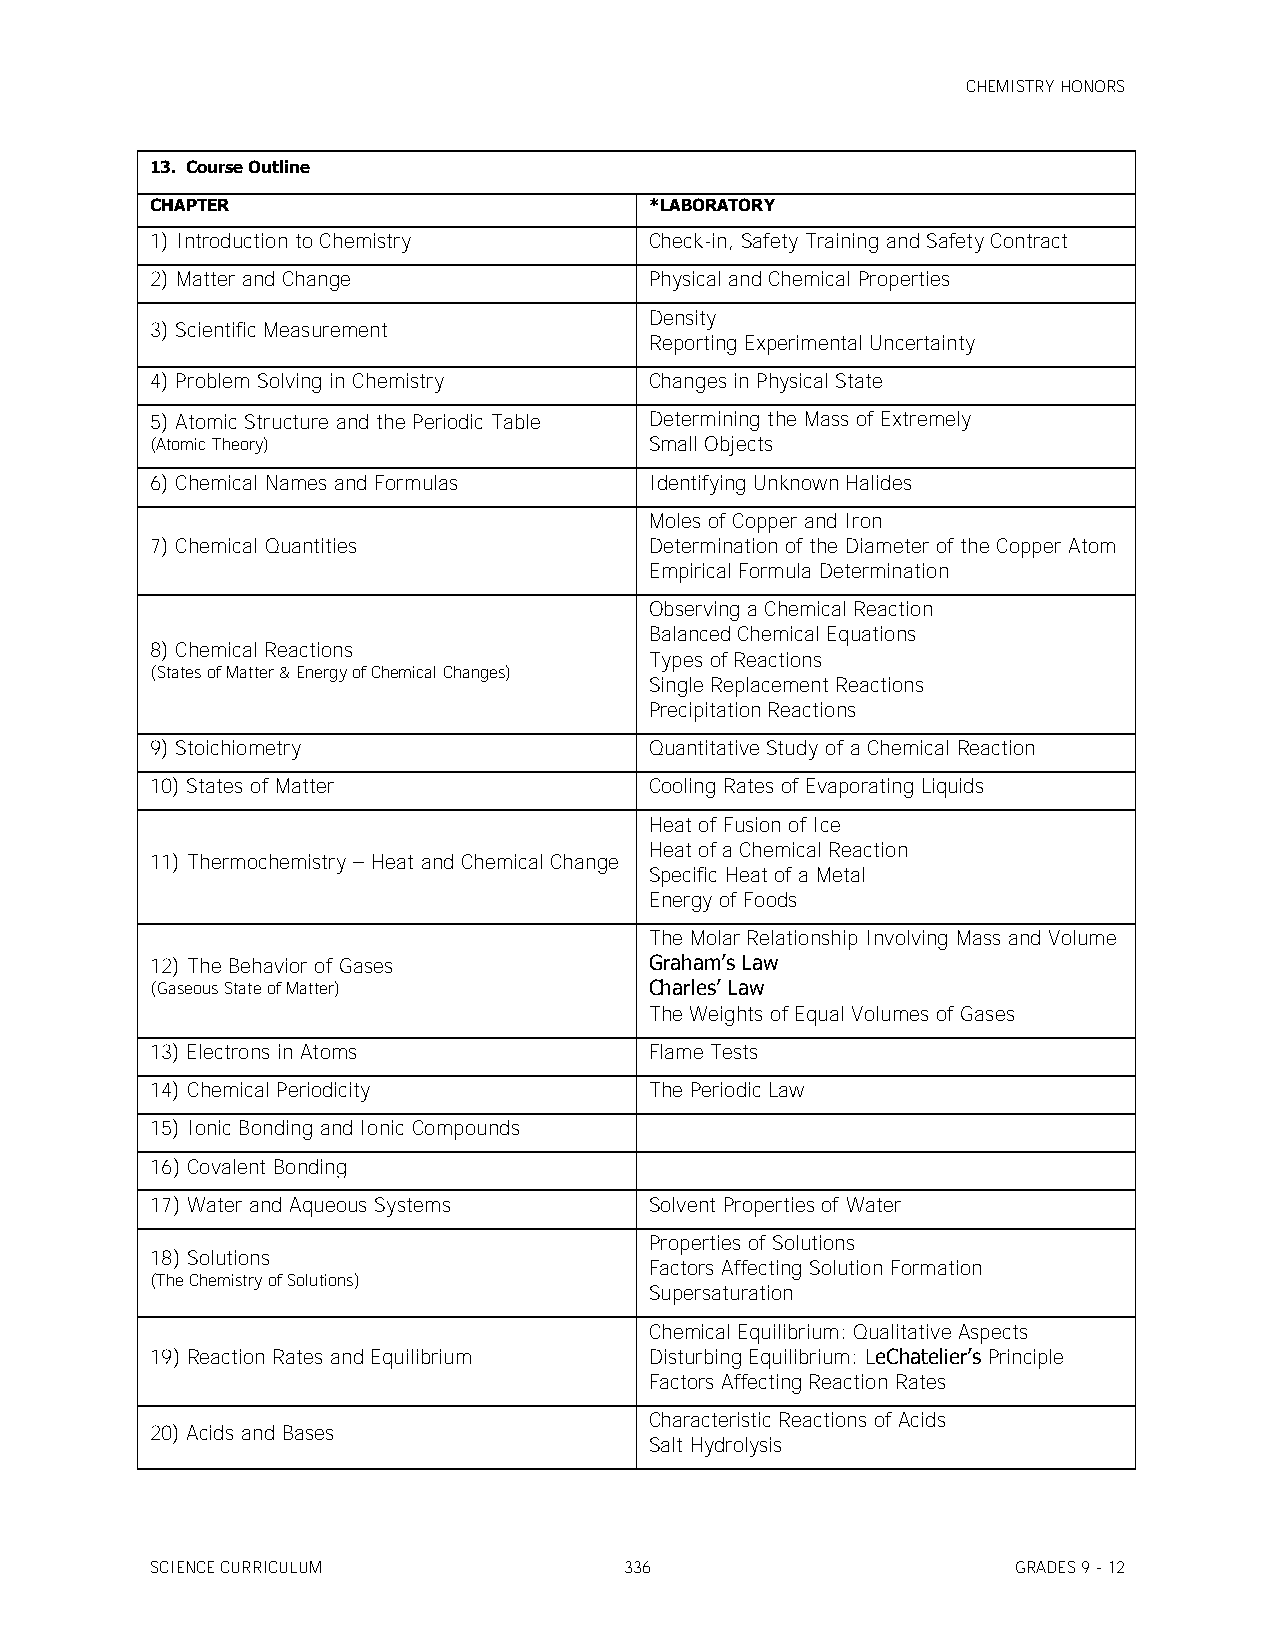
CHEMISTRY HONORS
 13. Course Outline
 CHAPTER                          *LABORATORY
 1) Introduction to Chemistry     Check-in, Safety Training and Safety Contract
 2) Matter and Change             Physical and Chemical Properties
 Density
 3) Scientific Measurement
 Reporting Experimental Uncertainty
 4) Problem Solving in Chemistry  Changes in Physical State
 5) Atomic Structure and the Periodic Table Determining the Mass of Extremely
 (Atomic Theory)                  Small Objects
 6) Chemical Names and Formulas   Identifying Unknown Halides
 Moles of Copper and Iron
 7) Chemical Quantities           Determination of the Diameter of the Copper Atom
 Empirical Formula Determination
 Observing a Chemical Reaction
 Balanced Chemical Equations
 8) Chemical Reactions
 Types of Reactions
 (States of Matter & Energy of Chemical Changes)
 Single Replacement Reactions
 Precipitation Reactions
 9) Stoichiometry                 Quantitative Study of a Chemical Reaction
 10) States of Matter             Cooling Rates of Evaporating Liquids
 Heat of Fusion of Ice
 Heat of a Chemical Reaction
 11) Thermochemistry – Heat and Chemical Change
 Specific Heat of a Metal
 Energy of Foods
 The Molar Relationship Involving Mass and Volume
 12) The Behavior of Gases        Graham’s Law
 (Gaseous State of Matter)        Charles’ Law
 The Weights of Equal Volumes of Gases
 13) Electrons in Atoms           Flame Tests
 14) Chemical Periodicity         The Periodic Law
 15) Ionic Bonding and Ionic Compounds
 16) Covalent Bonding
 17) Water and Aqueous Systems    Solvent Properties of Water
 Properties of Solutions
 18) Solutions
 Factors Affecting Solution Formation
 (The Chemistry of Solutions)
 Supersaturation
 Chemical Equilibrium: Qualitative Aspects
 19) Reaction Rates and Equilibrium Disturbing Equilibrium: LeChatelier’s Principle
 Factors Affecting Reaction Rates
 Characteristic Reactions of Acids
 20) Acids and Bases
 Salt Hydrolysis
 SCIENCE CURRICULUM             336                       GRADES 9 - 12